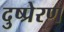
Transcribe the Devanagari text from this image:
दुष्प्रेरण